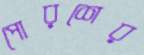
পোরশের